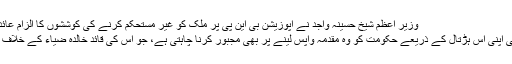
وزیر اعظم شیخ حسینہ واجد نے اپوزیشن بی این پی پر ملک کو غیر مستحکم کرنے کی کوششوں کا الزام عائد کیا ہے
بی این پی اپنی اِس ہڑتال کے ذریعے حکومت کو وہ مقدمہ واپس لینے پر بھی مجبور کرنا چاہتی ہے، جو اُس کی قائد خالدہ ضیاء کے خلاف قائم ہے۔